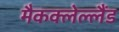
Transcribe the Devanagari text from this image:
मैकक्लेल्लैंड